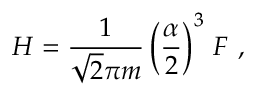
H = \frac { 1 } { \sqrt { 2 } \pi m } \left( \frac { \alpha } { 2 } \right) ^ { 3 } \, F \ ,